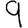
Digit: 9